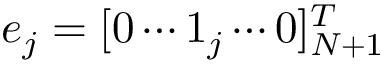
e _ { j } = [ 0 \cdots { 1 } _ { j } \cdots 0 ] _ { N + 1 } ^ { T }